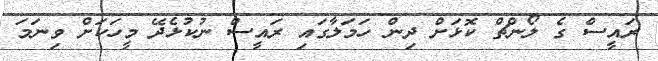
ރައީސް ގެ ލޯންޗް ކޮޅަށް ދިން ހަމަލާގައި ރައީސް ނުކުޅެދޭ މީހަކަށް ވިނަމަ